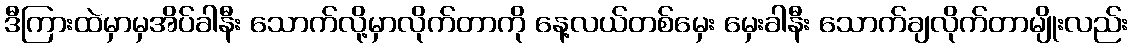
ဒီကြားထဲမှာမှအိပ်ခါနီး သောက်လို့မှာလိုက်တာကို နေ့လယ်တစ်မှေး မှေးခါနီး သောက်ချလိုက်တာမျိုးလည်း